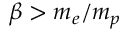
\beta > m _ { e } / m _ { p }